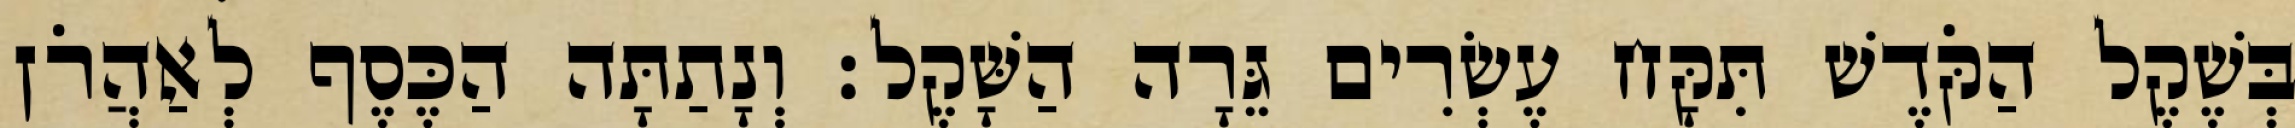
בְּשֶׁקֶל הַקֹּדֶשׁ תִּקָּח עֶשְׂרִים גֵּרָה הַשָּׁקֶל׃ וְנָתַתָּה הַכֶּסֶף לְאַהֲרֹן